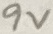
Text: 9V